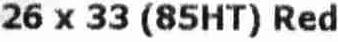
26 X 33 (85HT) RED